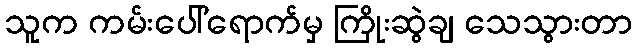
သူက ကမ်းပေါ်ရောက်မှ ကြိုးဆွဲချ သေသွားတာ